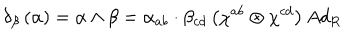
\delta _ { \beta } \left( \alpha \right) = \alpha \wedge \beta = \alpha _ { a b } \cdot \beta _ { c d } \left( \chi ^ { a b } \otimes \chi ^ { c d } \right) A d _ { R }